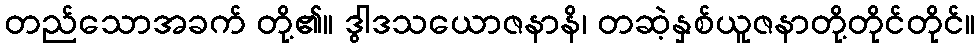
တည်သောအခက် တို့၏။ ဒွါဒသယောဇနာနိ၊ တဆဲ့နှစ်ယူဇနာတို့တိုင်တိုင်။